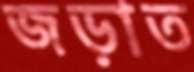
জড়াত